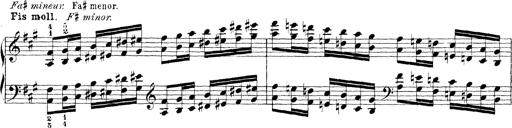
Title: Technische Studien
Composer: Franz Liszt